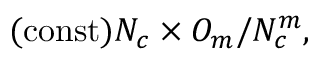
\mathrm { ( c o n s t ) } N _ { c } \times { \cal O } _ { m } / N _ { c } ^ { m } ,